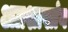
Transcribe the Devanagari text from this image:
अग्रशाखांग